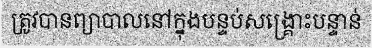
ត្រូវបានព្យាបាលនៅក្នុងបន្ទប់សង្គ្រោះបន្ទាន់